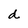
Character: d